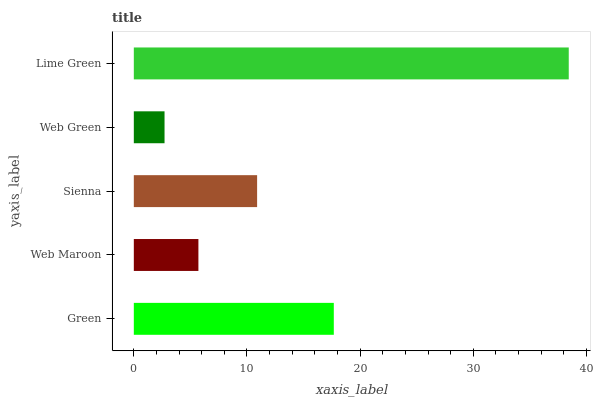
| yaxis_label | bars |
 | --- | --- |
 | Green | 17.7 |
 | Web Maroon | 5.71 |
 | Sienna | 10.9 |
 | Web Green | 2.72 |
 | Lime Green | 38.4 |